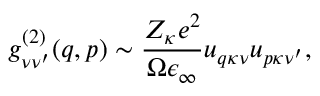
g _ { \nu \nu ^ { \prime } } ^ { ( 2 ) } ( \boldsymbol { q } , \boldsymbol { p } ) \sim \frac { Z _ { \kappa } e ^ { 2 } } { \Omega \epsilon _ { \infty } } u _ { \boldsymbol { q } \kappa \nu } u _ { \boldsymbol { p } \kappa \nu ^ { \prime } } ,